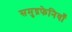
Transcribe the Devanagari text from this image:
समुद्रफेनियाँ